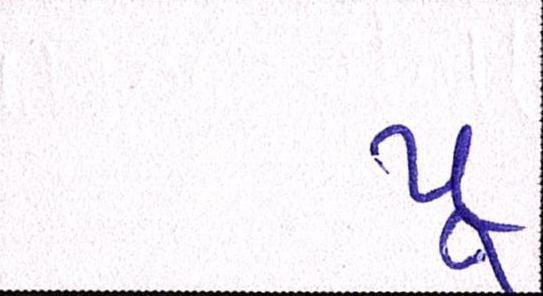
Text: પૂ